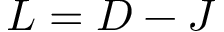
L = D - J